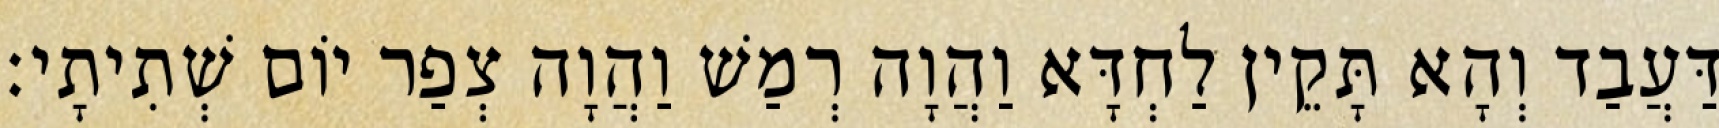
דַּעֲבַד וְהָא תָּקֵין לַחְדָּא וַהֲוָה רְמַשׁ וַהֲוָה צְפַר יוֹם שְׁתִיתָי׃